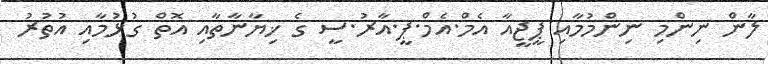
ލާން ނިންމި ނިންމުމާއި ޕީޖީއާ އެމް.އެމް.ޕީ.އާރު.ސީ ގެ ޚިޔާނާތާއި އޮތް ގުޅުމާއި އުތުރު